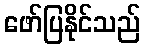
ဖော်ပြနိုင်သည်